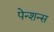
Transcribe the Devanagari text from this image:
पेन्शन्स